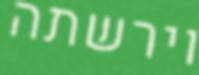
וירשתה